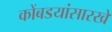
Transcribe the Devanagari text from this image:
कोंबडयांसारखे